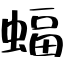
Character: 蝠